Indian journal of veterinary science and animal husbandry - Volume 13,
Year: 1943
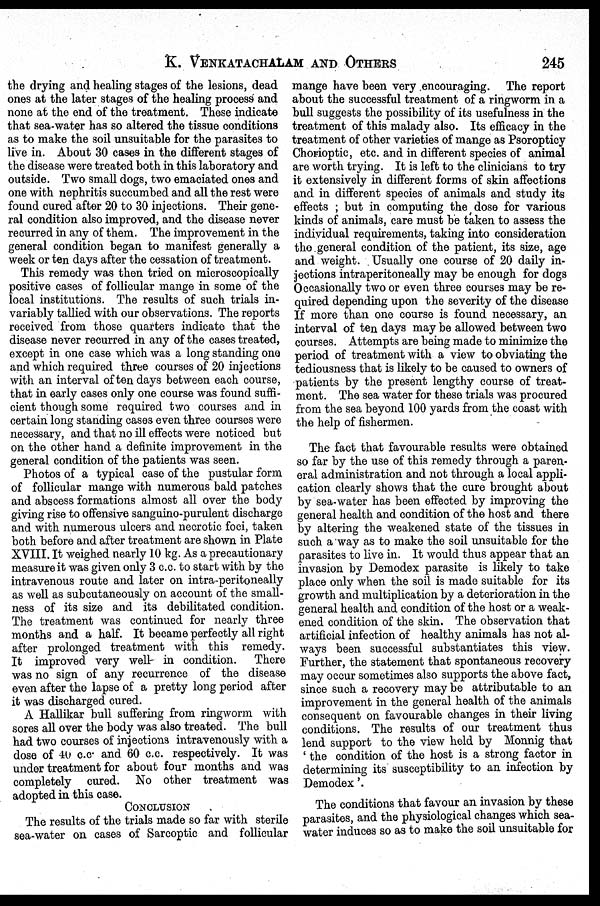
K.
VENKATACHALAM
AND
OTHERS
245
the drying and healing stages of the lesions, dead
ones at the later stages of the healing process and
none at the end of the treatment. These indicate
that sea-water has so altered the tissue conditions
as to make the soil unsuitable for the parasites to
live in. About 30 cases in the different stages of
the disease were treated both in this laboratory and
outside. Two small dogs, two emaciated ones and
one with nephritis succumbed and all the rest were
found cured after 20 to 30 injections. Their gene-
ral condition also improved, and the disease never
recurred in any of them. The improvement in the
general condition began to manifest generally a
week or ten days after the cessation of treatment.
This remedy was then tried on microscopically
positive cases of follicular mange in some of the
local institutions. The results of such trials in-
variably tallied with our observations. The reports
received from those quarters indicate that the
disease never recurred in any of the cases treated,
except in one case which was a long standing one
and which required three courses of 20 injections
with an interval of ten days between each course,
that in early cases only one course was found suffi-
cient though some required two courses and in
certain long standing cases even three courses were
necessary, and that no ill effects were noticed but
on the other hand a definite improvement in the
general condition of the patients was seen.
Photos of a typical case of the pustular form
of follicular mange with numerous bald patches
and abscess formations almost all over the body
giving rise to offensive sanguino-purulent discharge
and with numerous ulcers and necrotic foci, taken
both before and after treatment are shown in Plate
XVIII. It weighed nearly 10 kg. As a precautionary
measure it was given only 3 c.c. to start with by the
intravenous route and later on intra-peritoneally
as well as subcutaneously on account of the small-
ness of its size and its debilitated condition.
The treatment was continued for nearly three
months and a half. It became perfectly all right
after prolonged treatment with this remedy.
It improved very well in condition. There
was no sign of any recurrence of the disease
even after the lapse of a pretty long period after
it was discharged cured.
A Hallikar bull suffering from ringworm with
sores all over the body was also treated. The bull
had two courses of injections intravenously with a
dose of 40 c.c. and 60 c.c. respectively. It was
under treatment for about four months and was
completely cured. No other treatment was
adopted in this case.
CONCLUSION
The results of the trials made so far with sterile
sea-water on cases of Sarcoptic and follicular
mange have been very encouraging. The report
about the successful treatment of a ringworm in a
bull suggests the possibility of its usefulness in the
treatment of this malady also. Its efficacy in the
treatment of other varieties of mange as Psoropticy
Chorioptic, etc. and in different species of animal
are worth trying. It is left to the clinicians to try
it extensively in different forms of skin affections
and in different species of animals and study its
effects ; but in computing the dose for various
kinds of animals, care must be taken to assess the
individual requirements, taking into consideration
the general condition of the patient, its size, age
and weight. Usually one course of 20 daily in-
jections intraperitoneally may be enough for dogs
Occasionally two or even three courses may be re-
quired depending upon the severity of the disease
If more than one course is found necessary, an
interval of ten days may be allowed between two
courses. Attempts are being made to minimize the
period of treatment with a view to obviating the
tediousness that is likely to be caused to owners of
patients by the present lengthy course of treat-
ment. The sea water for these trials was procured
from the sea beyond 100 yards from the coast with
the help of fishermen.
The fact that favourable results were obtained
so far by the use of this remedy through a paren-
eral administration and not through a local appli-
cation clearly shows that the cure brought about
by sea-water has been effected by improving the
general health and condition of the host and there
by altering the weakened state of the tissues in
such a way as to make the soil unsuitable for the
parasites to live in. It would thus appear that an
invasion by Demodex parasite is likely to take
place only when the soil is made suitable for its
growth and multiplication by a deterioration in the
general health and condition of the host or a weak-
ened condition of the skin. The observation that
artificial infection of healthy animals has not al-
ways been successful substantiates this view.
Further, the statement that spontaneous recovery
may occur sometimes also supports the above fact,
since such a recovery may be attributable to an
improvement in the general health of the animals
consequent on favourable changes in their living
conditions. The results of our treatment thus
lend support to the view held by Monnig that
'the condition of the host is a strong factor in
determining its susceptibility to an infection by
Demodex'.
The conditions that favour an invasion by these
parasites, and the physiological changes which sea-
water induces so as to make the soil unsuitable for